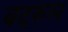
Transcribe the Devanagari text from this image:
बदरुल